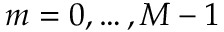
m = 0 , \ldots , M - 1